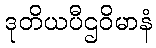
ဒုတိယပီဌဝိမာနံ